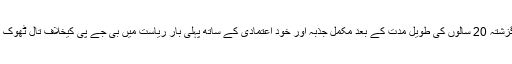
اسی درمیان کانگریس پارٹی ان کے سامنے کھڑی ہے، جو گزشتہ 20 سالوں کی طویل مدت کے بعد مکمل جذبہ اور خود اعتمادی کے ساتھ پہلی بار ریاست میں بی جے پی کیخلاف تال ٹھوک رہی ہے، لیکن کانگریس پارٹی کے سامنے کئی چیلنجز ہیں ۔